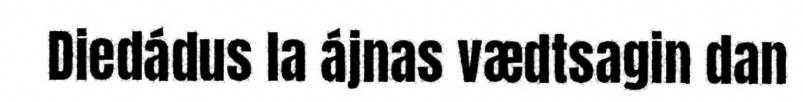
Diedádus la ájnas vædtsagin dan